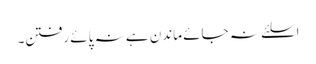
اسلئے نہ جائے ماندن ہے نہ پائے رفتن۔